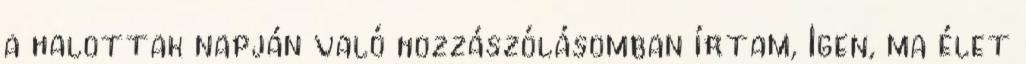
a halottak napján való hozzászólásomban írtam, Igen, ma élet